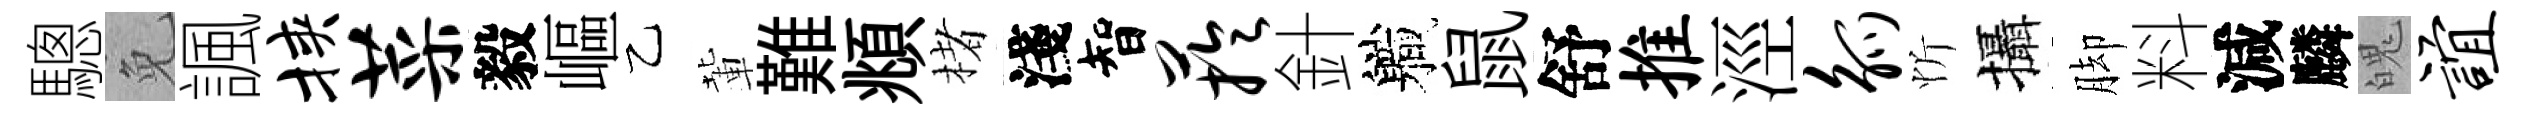
驄免諷挟菜毅嶇乙輩難頫楮淺智芋針軄鼠舒推涇觚忻攝脚料減麟魄谊